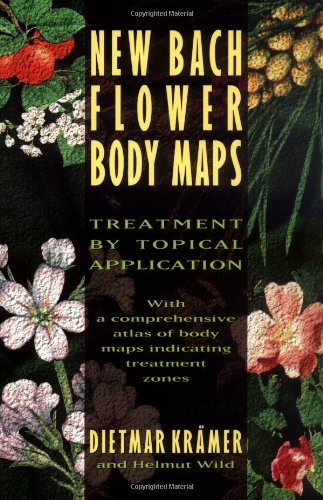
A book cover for New Bach Flower Body Maps: Treatment by Topical Application; Dietmar KrÃ¤mer; Health, Fitness & Dieting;